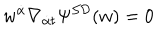
w ^ { { \dot { \alpha } } } \nabla _ { { \dot { \alpha } } t } \Psi ^ { { \cal S D } } ( w ) = 0